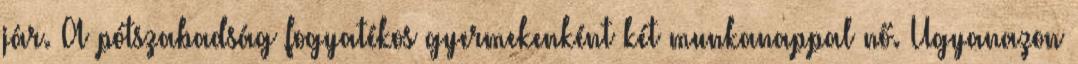
jár. A pótszabadság fogyatékos gyermekenként két munkanappal nő. Ugyanazon